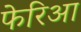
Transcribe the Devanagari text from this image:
फेरिआ